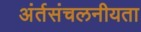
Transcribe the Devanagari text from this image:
अंर्तसंचलनीयता